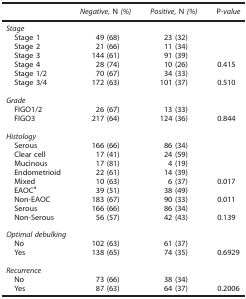
|  | Negative, N (%) | Positive, N (%) | P-value |
 | --- | --- | --- | --- |
 | <COLSPAN=4> Stage |
 | Stage 1 | 49 (68) | 23 (32) |  |
 | Stage 2 | 21 (66) | 11 (34) |  |
 | Stage 3 | 144 (61) | 91 (39) |  |
 | Stage 4 | 28 (74) | 10 (26) | 0.415 |
 | Stage 1/2 | 70 (67) | 34 (33) |  |
 | Stage 3/4 | 172 (63) | 101 (37) | 0.510 |
 |  |  |  |  |
 | <COLSPAN=4> Grade |
 | FIGO1/2 | 26 (67) | 13 (33) |  |
 | FIGO3 | 217 (64) | 124 (36) | 0.844 |
 |  |  |  |  |
 | <COLSPAN=4> Histology |
 | Serous | 166 (66) | 86 (34) |  |
 | Clear cell | 17 (41) | 24 (59) |  |
 | Mucinous | 17 (81) | 4 (19) |  |
 | Endometrioid | 22 (61) | 14 (39) |  |
 | Mixed | 10 (63) | 6 (37) | 0.017 |
 | EAOCa | 39 (51) | 38 (49) |  |
 | Non-EAOC | 183 (67) | 90 (33) | 0.011 |
 | Serous | 166 (66) | 86 (34) |  |
 | Non-Serous | 56 (57) | 42 (43) | 0.139 |
 |  |  |  |  |
 | <COLSPAN=4> Optimal debulking |
 | No | 102 (63) | 61 (37) |  |
 | Yes | 138 (65) | 74 (35) | 0.6929 |
 |  |  |  |  |
 | <COLSPAN=4> Recurrence |
 | No | 73 (66) | 38 (34) |  |
 | Yes | 87 (63) | 64 (37) | 0.2006 |